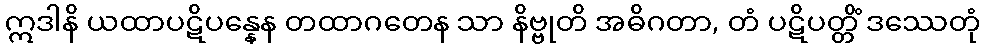
ဣဒါနိ ယထာပဋိပန္နေန တထာဂတေန သာ နိဗ္ဗုတိ အဓိဂတာ, တံ ပဋိပတ္တိံ ဒဿေတုံ